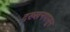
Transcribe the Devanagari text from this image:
दख्खनपासून